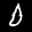
Label: 0